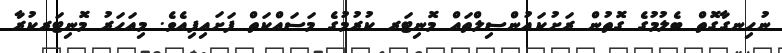
ނުހިނގާގޮތް ބެލުމުގެ ގޮތުން ރަށުކައުންސިލްތައް މޮނިޓަރ ކުރުމުގެ މަސައްކަތް ފަށައިފިއެވެ. މިއަހަރު މޮނިޓަރކުރާ